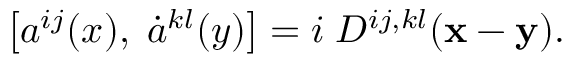
\left[ a ^ { i j } ( x ) , \; \dot { a } ^ { k l } ( y ) \right] = i \; D ^ { i j , k l } ( { \bf x - y } ) .